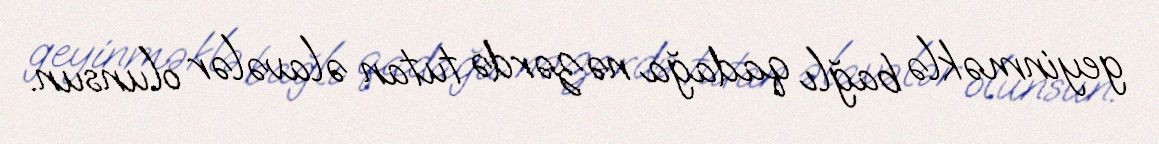
geyinməklə bağlı qadağa nəzərdə tutan əlavələr olunsun.